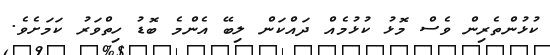
ކުޅުންތެރިން ވެސް މޮޅު ކުޅުމެއް ދައްކަން ލިބޭ އެންމެ ބޮޑު ހިތްވަރު ކަމަށެވެ.